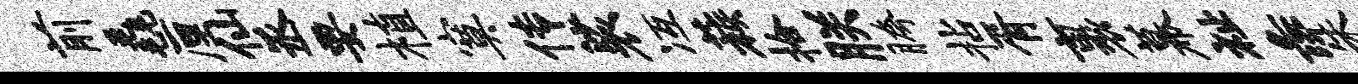
前毳厘仙丞要植寞传裟冱蔟拾朕胯拈胥裹幕祉彘朱